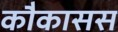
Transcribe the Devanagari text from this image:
कौकासस